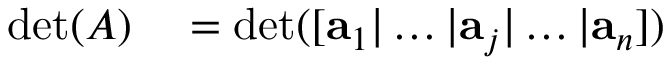
\begin{array} { r l } { \operatorname* { d e t } ( A ) } & { { } = \operatorname* { d e t } ( [ \mathbf { a } _ { 1 } | \dots | \mathbf { a } _ { j } | \dots | \mathbf { a } _ { n } ] ) } \end{array}